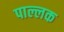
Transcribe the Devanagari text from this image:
पाल्लक